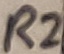
Text: R2